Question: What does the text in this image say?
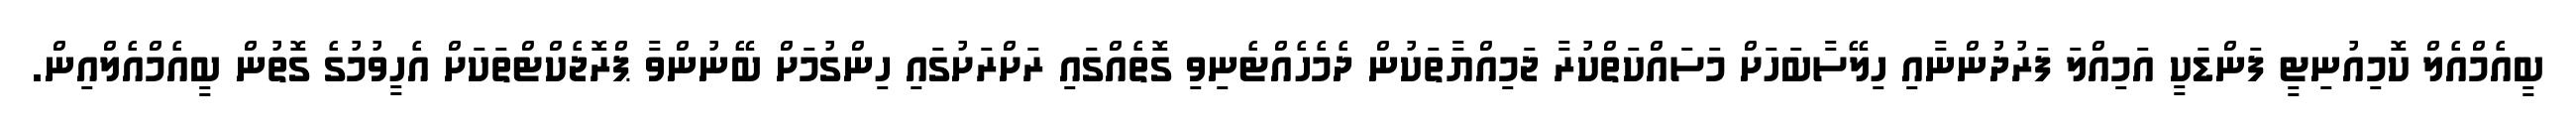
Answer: ބީއެމްއެލް ކޮމިއުނިޓީ ފަންޑަކީ އަމިއްލަ ފަރުދުންނާއި ހިލޭސާބަހަށް މަސައްކަތްކުރާ ޖަމިއްޔާތަކުން ދެމެހެއްޓެނިވި ގޮތެއްގައި ރަށްރަށުގައި ހިންގުމަށް ބޭނުންވާ ޕްރޮޖެކްޓްތަކަށް އެހީވުމުގެ ގޮތުން ބީއެމްއެލްއިން.